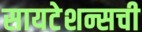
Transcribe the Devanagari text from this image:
सायटेशन्सची